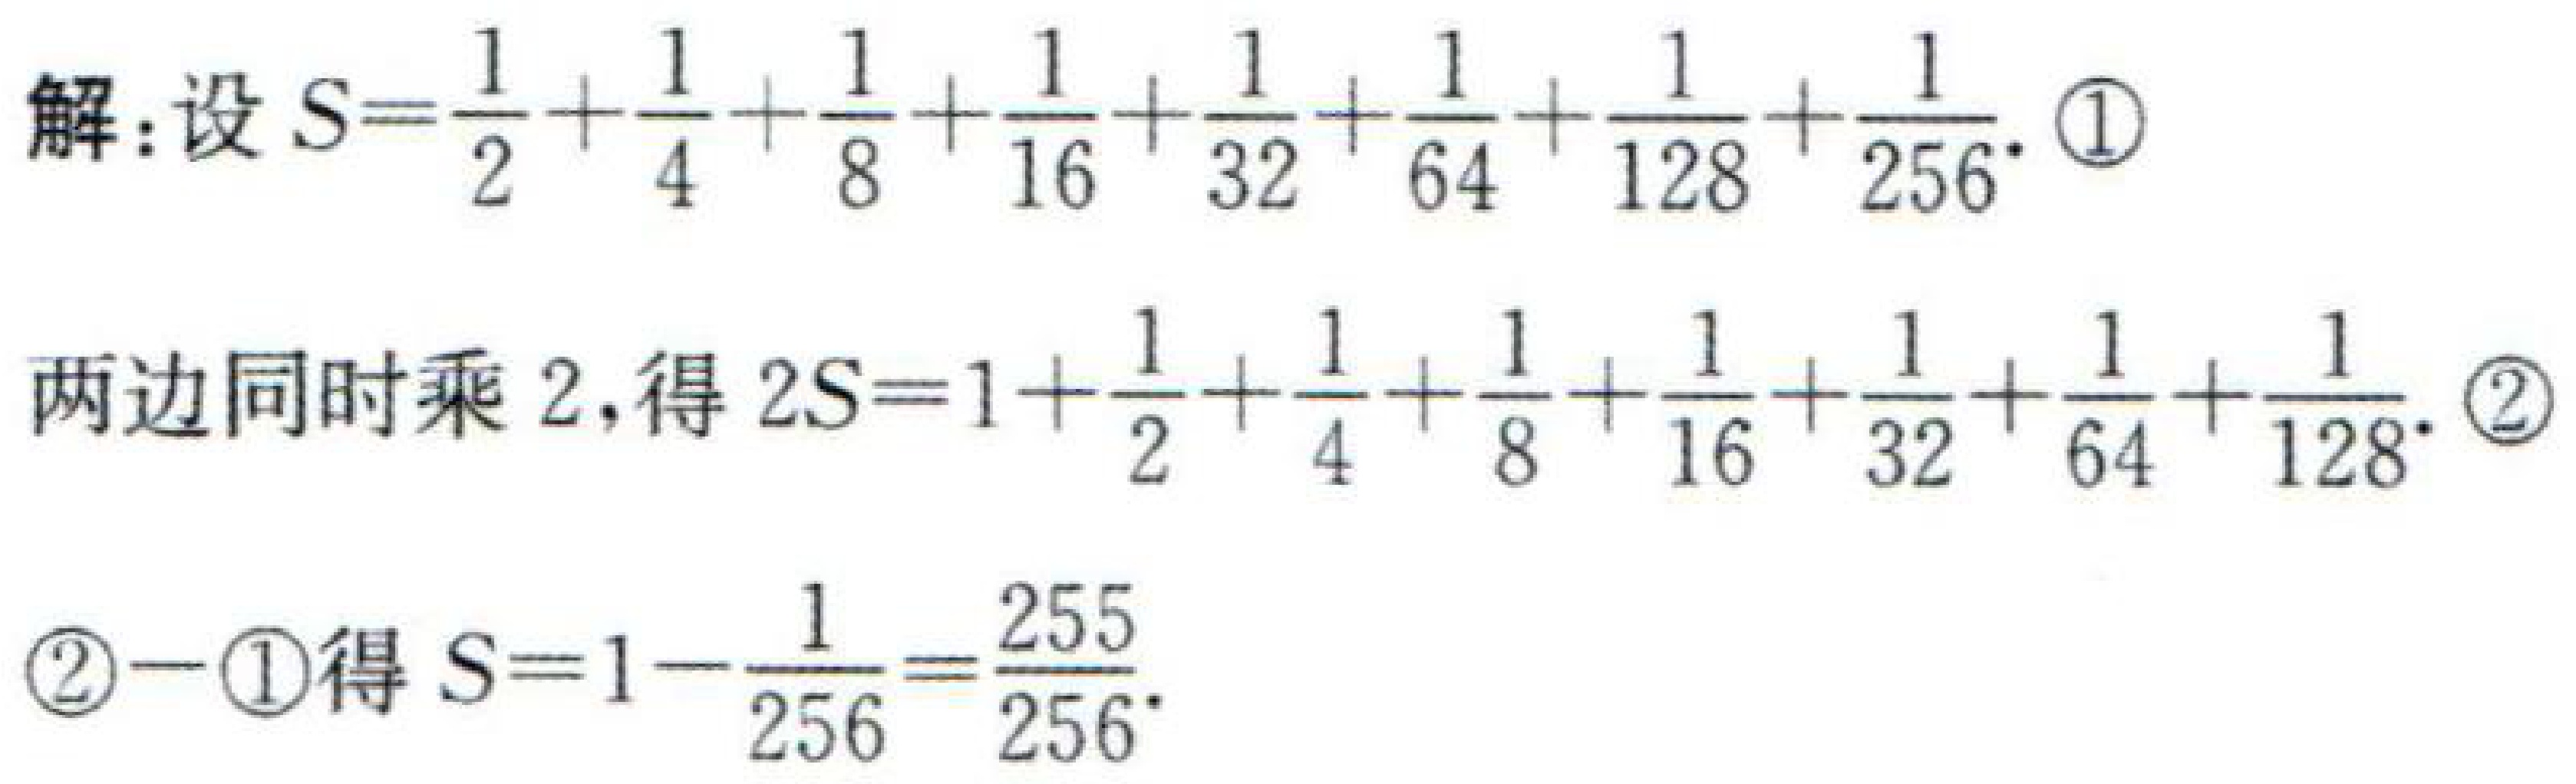
解：设\(S = \frac{1}{2}+\frac{1}{4}+\frac{1}{8}+\frac{1}{16}+\frac{1}{32}+\frac{1}{64}+\frac{1}{128}+\frac{1}{256}\). \textcircled{1}

两边同时乘\(2\)，得\(2S = 1+\frac{1}{2}+\frac{1}{4}+\frac{1}{8}+\frac{1}{16}+\frac{1}{32}+\frac{1}{64}+\frac{1}{128}\). \textcircled{2}

\textcircled{2} - \textcircled{1}得\(S = 1 - \frac{1}{256}=\frac{255}{256}\).